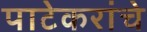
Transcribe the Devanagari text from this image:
पाटेकरांचे